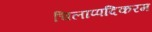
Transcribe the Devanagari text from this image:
चिलाप्पदिकरम